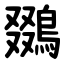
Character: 鵽